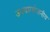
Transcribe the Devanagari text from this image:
उभयप्रयोजनीय